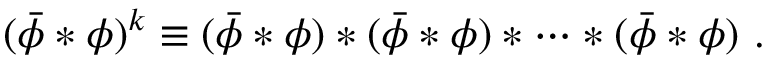
( \bar { \phi } \ast \phi ) ^ { k } \equiv ( \bar { \phi } \ast \phi ) \ast ( \bar { \phi } \ast \phi ) \ast \cdots \ast ( \bar { \phi } \ast \phi ) ~ .